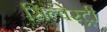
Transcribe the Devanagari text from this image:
सिल्वेस्ट्री